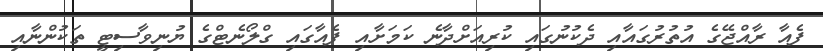
ފެއާ ރާއްޖޭގެ އުތުރުގައާއި ދެކުނުގައި ކުރިއަށްދާނެ ކަމަށާއި ފެއާގައި ގްލޯނެޓްގެ ޔުނިވާސިޓީ ތަކުންނާއި